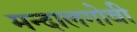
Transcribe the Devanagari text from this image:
मन्दालगोवी